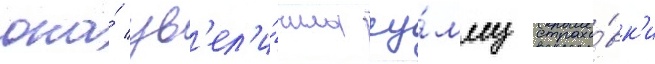
она́ ув'ел'и́чила су́мму страхо́вк'и